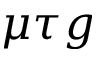
\mu \tau g